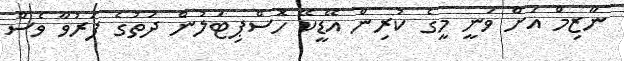
ނާޒިމް އަށް ވަނީ މީގެ ކުރިން އޭޑީކޭ ހޮސްޕިޓަލުން ދަތުގެ ފަރުވާ ވެސް